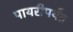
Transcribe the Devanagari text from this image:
पायरीपर्यंत